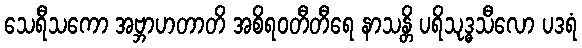
သေရီသကော အဗ္ဘာဟတာတိ အစိရဝတီတီရေ နာသန္တိ ပရိသုဒ္ဓသီလော ပဒရံ